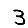
Digit: 3